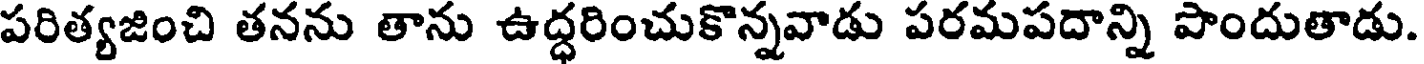
పరిత్యజించి తనను తాను ఉద్ధరించుకొన్నవాడు పరమపదాన్ని పొందుతాడు.